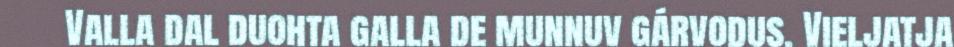
Valla dal duohta galla de munnuv gárvodus. Vieljatja